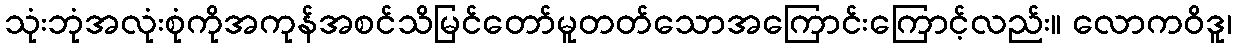
သုံးဘုံအလုံးစုံကိုအကုန်အစင်သိမြင်တော်မူတတ်သောအကြောင်းကြောင့်လည်း။ လောကဝိဒူ၊